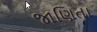
જાણિતા